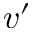
v ^ { \prime }